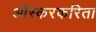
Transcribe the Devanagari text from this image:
ऑस्करकरिता